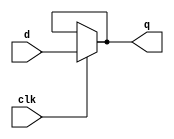
//  1 
module latch_1(q,d,clk);
input d,clk;
output q;
assign q = clk ? d : q;     // 

endmodule